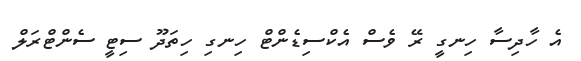
އެ ހާދިސާ ހިނގީ ރޭ ވެސް އެކްސިޑެންޓް ހިނގި ހިތަދޫ ސިޓީ ސެންޓްރަލް